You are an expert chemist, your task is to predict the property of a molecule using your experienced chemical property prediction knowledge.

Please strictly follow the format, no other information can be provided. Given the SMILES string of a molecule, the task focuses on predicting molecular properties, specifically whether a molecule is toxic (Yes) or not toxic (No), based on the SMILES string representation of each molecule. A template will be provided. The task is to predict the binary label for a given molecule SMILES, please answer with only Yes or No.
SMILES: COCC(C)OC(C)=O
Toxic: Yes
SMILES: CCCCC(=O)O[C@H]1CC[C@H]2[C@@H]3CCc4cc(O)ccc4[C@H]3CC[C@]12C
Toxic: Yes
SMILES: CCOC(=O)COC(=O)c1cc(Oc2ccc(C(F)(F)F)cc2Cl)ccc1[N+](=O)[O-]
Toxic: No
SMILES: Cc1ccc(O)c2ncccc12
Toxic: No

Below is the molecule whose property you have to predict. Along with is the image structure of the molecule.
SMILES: NCCNCCNCCN
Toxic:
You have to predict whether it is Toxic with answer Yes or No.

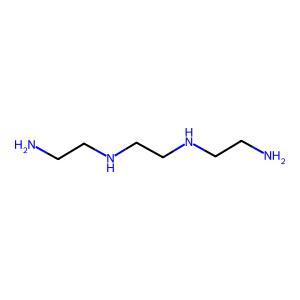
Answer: No